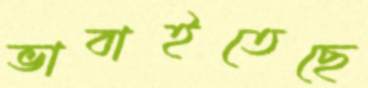
ভাবাইতেছে